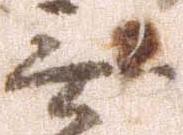
無